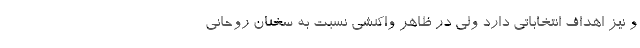
و نیز اهداف انتخاباتی دارد ولی در ظاهر واکنشی نسبت به سخنان روحانی